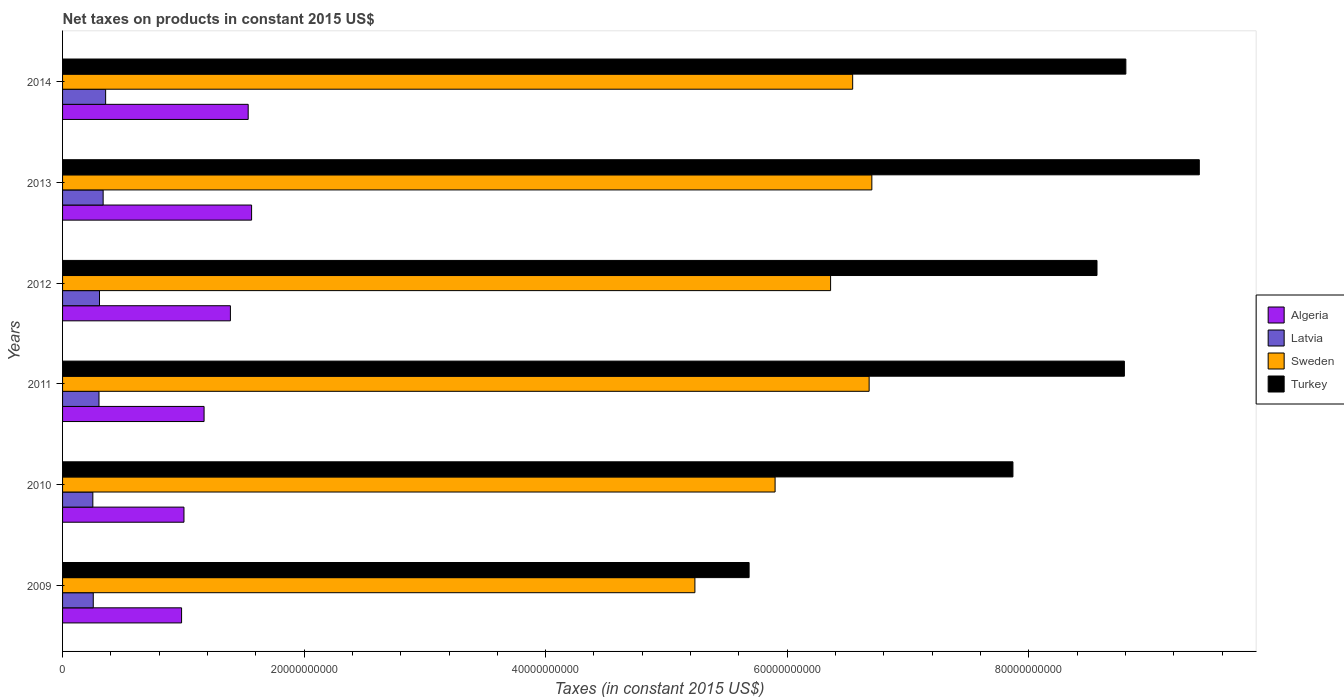
| Years | Algeria | Latvia | Sweden | Turkey |
 | --- | --- | --- | --- | --- |
 | 2009 | 9.85e+09 | 2.54e+09 | 5.24e+10 | 5.68e+10 |
 | 2010 | 1.01e+10 | 2.51e+09 | 5.9e+10 | 7.87e+10 |
 | 2011 | 1.17e+10 | 3.02e+09 | 6.68e+10 | 8.79e+10 |
 | 2012 | 1.39e+10 | 3.06e+09 | 6.36e+10 | 8.56e+10 |
 | 2013 | 1.57e+10 | 3.36e+09 | 6.7e+10 | 9.41e+10 |
 | 2014 | 1.54e+10 | 3.57e+09 | 6.54e+10 | 8.8e+10 |